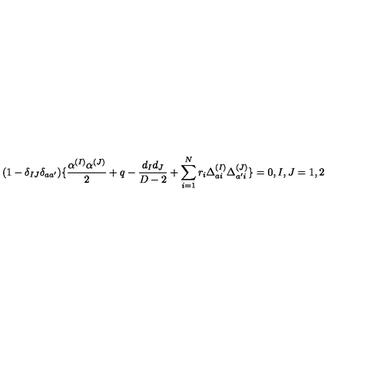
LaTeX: ( 1 - \delta _ { I J } \delta _ { a a ^ { \prime } } ) \{ { \frac { \alpha ^ { ( I ) } \alpha ^ { ( J ) } } { 2 } } + q - { \frac { d _ { I } d _ { J } } { D - 2 } } + \sum _ { i = 1 } ^ { N } r _ { i } \Delta _ { a i } ^ { ( I ) } \Delta _ { a ^ { \prime } i } ^ { ( J ) } \} = 0 , I , J = 1 , 2